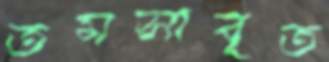
তমসাবৃত